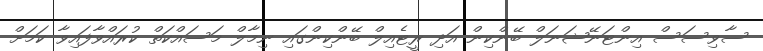
ސާވިސަސް އިންޓަނޭޝަނަލް ބޭންކިން އަދި ރީޓެއިލް ބޭންކިންގައި ނިމާލް މަސައްކަތް ކުރައްވާފައިވާ ކަމަށް